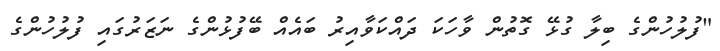
"ފުލުހުންގެ ބިލާ ގުޅޭ ގޮތުން ވާހަކަ ދައްކަވާއިރު ބައެއް ބޭފުޅުންގެ ނަޒަރުގައި ފުލުހުންގެ